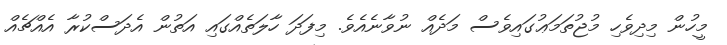
މީހުން މިދިވެހި މުޖުތަމަޢުގައިވެސް މަދެއް ނުވާނެއެވެ. މިފަދަ ހާލަތެއްގައި އަތުން އެދަސްކުރާ އެއްޗެއް